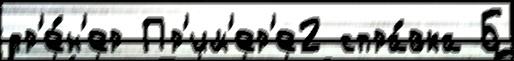
тр'е́н'ер Пр'им'ер'е2 спра́вка Б